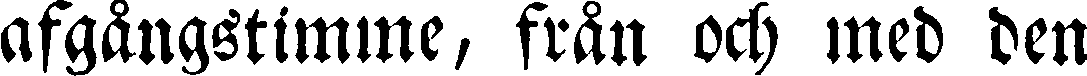
afgångstimme, från och med den